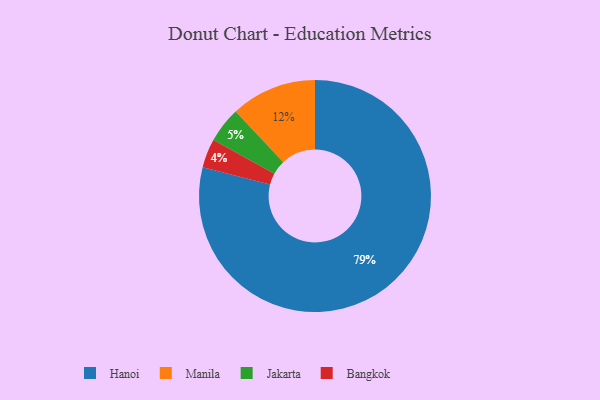
{"axis": {"x": "Category", "y": "Percentage"}, "legend": ["Bangkok", "Hanoi", "Jakarta", "Manila"], "data": [{"x": "Jakarta", "y": 5, "type": "Jakarta"}, {"x": "Bangkok", "y": 4, "type": "Bangkok"}, {"x": "Manila", "y": 12, "type": "Manila"}, {"x": "Hanoi", "y": 79, "type": "Hanoi"}]}